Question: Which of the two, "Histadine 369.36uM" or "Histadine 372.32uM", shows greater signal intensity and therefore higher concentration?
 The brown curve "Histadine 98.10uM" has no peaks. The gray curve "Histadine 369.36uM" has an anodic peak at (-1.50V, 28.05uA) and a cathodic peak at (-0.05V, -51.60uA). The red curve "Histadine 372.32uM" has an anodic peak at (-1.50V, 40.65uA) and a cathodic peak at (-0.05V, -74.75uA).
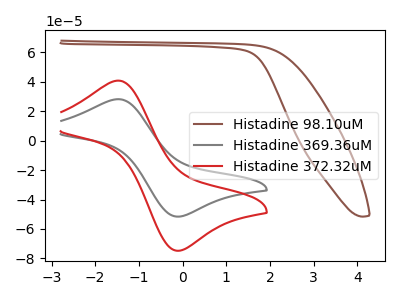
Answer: <think>All the peaks in "Histadine 369.36uM" have a peak in "Histadine 372.32uM" at the same potential. Every peak in "Histadine 369.36uM" is lower than every peak in "Histadine 372.32uM".
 </think>
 <answer>"Histadine 369.36uM" has less signal than "Histadine 372.32uM" and so likely has a lower concentration.</answer>
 <eval>less_concentration</eval>